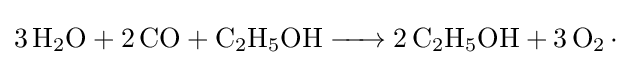
{\ce {3 H2O + 2 CO + C2H5OH -> 2 C2H5OH + 3 O2 .}}